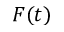
F ( t )